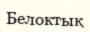
Белоктық